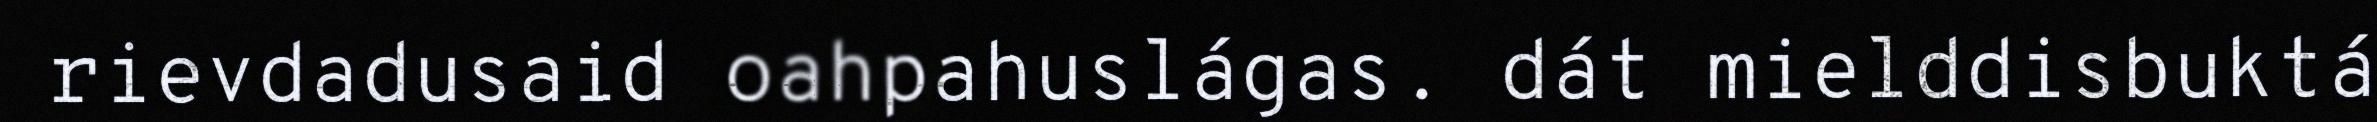
rievdadusaid oahpahuslágas. dát mielddisbuktá